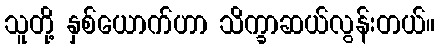
သူတို့ နှစ်ယောက်ဟာ သိက္ခာဆယ်လွန်းတယ်။